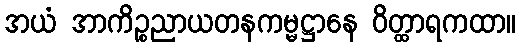
အယံ အာကိဉ္စညာယတနကမ္မဋ္ဌာနေ ဝိတ္ထာရကထာ။